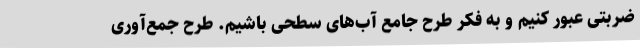
ضربتی عبور کنیم و به فکر طرح جامع آب‌های سطحی باشیم. طرح جمع‌آوری